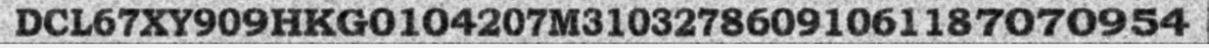
DCL67XY909HKG0104207M31032786091061187070954